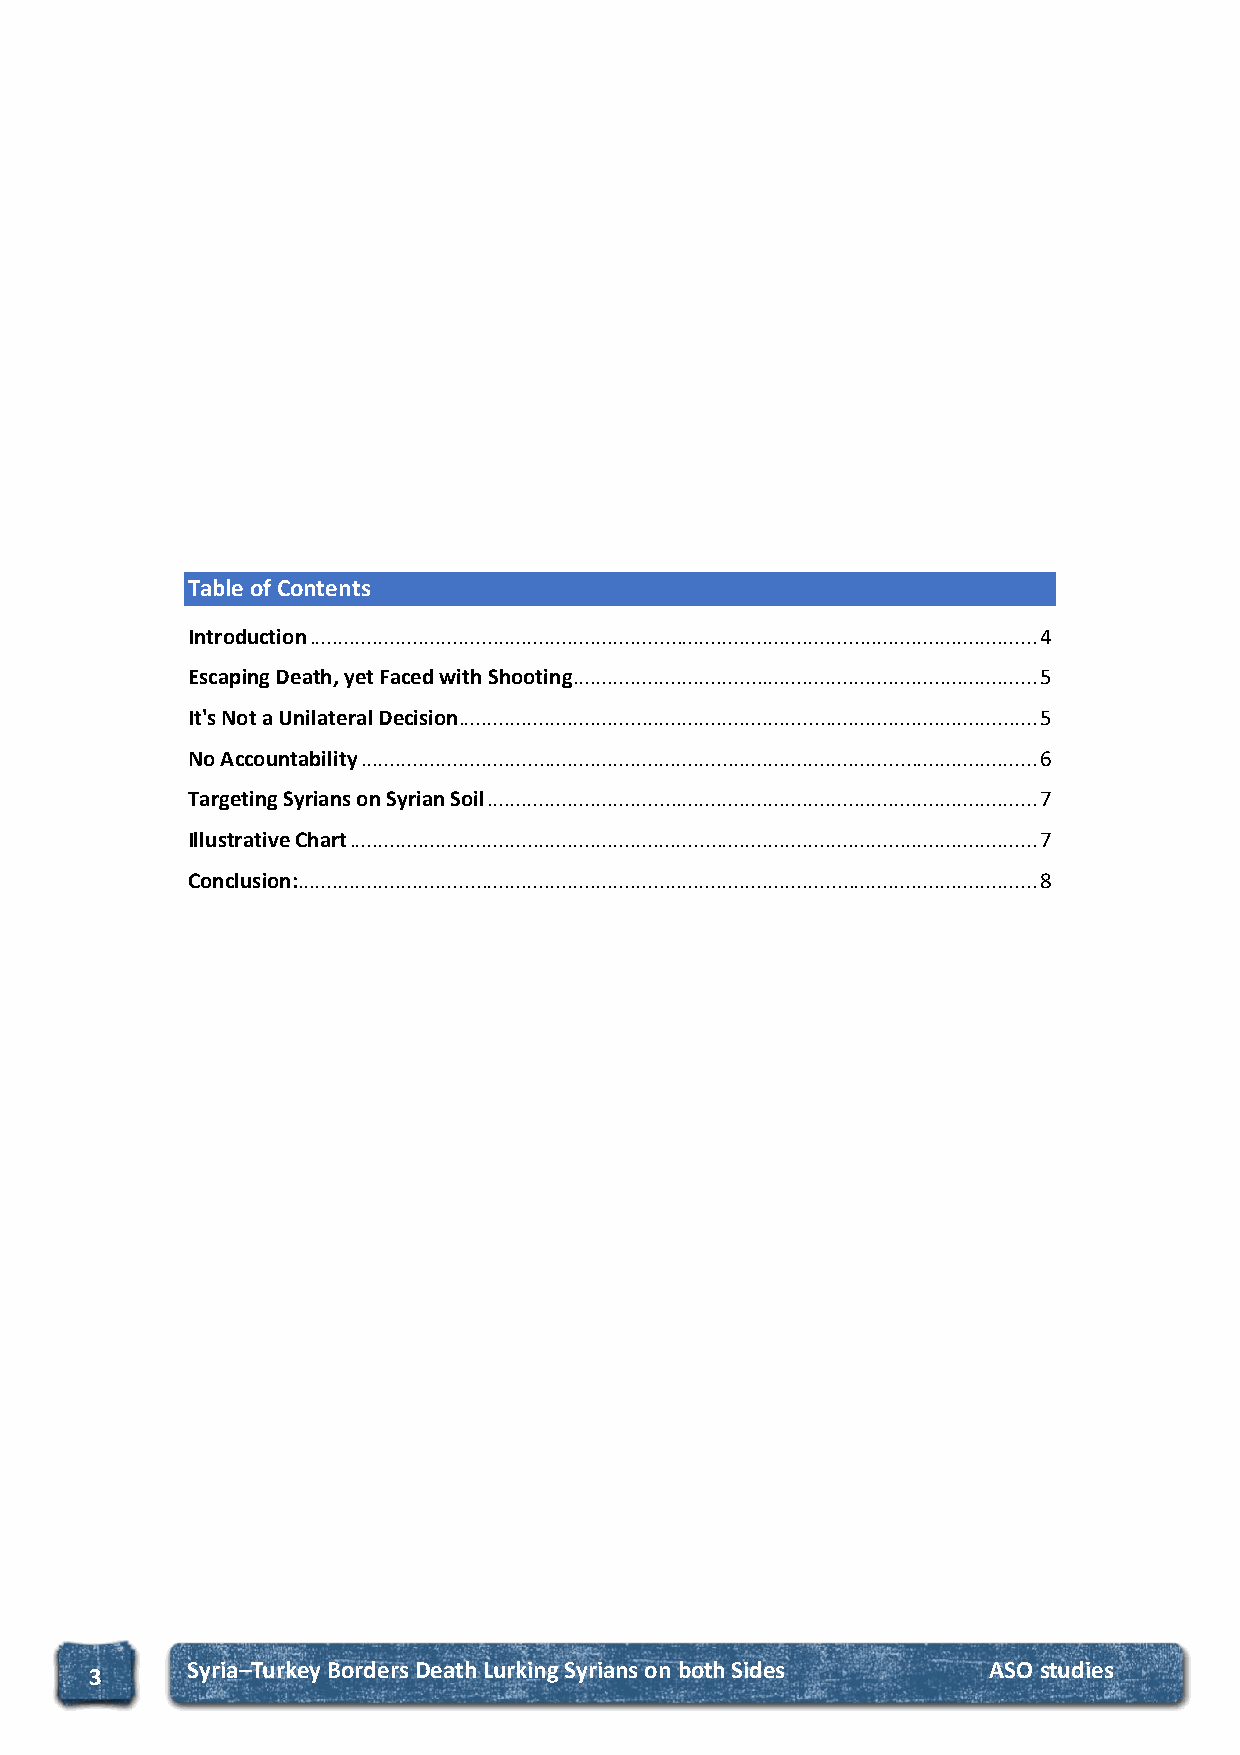
Table of Contents
 Introduction ............................................................................................................................... 4
 Escaping Death, yet Faced with Shooting ................................................................................. 5
 It's Not a Unilateral Decision..................................................................................................... 5
 No Accountability ...................................................................................................................... 6
 Targeting Syrians on Syrian Soil ................................................................................................ 7
 Illustrative Chart ........................................................................................................................ 7
 Conclusion: ................................................................................................................................. 8
 S yria–Turkey Borders Death Lurking Syrians on both Sides ASO studies
 3